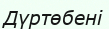
Дүртөбені